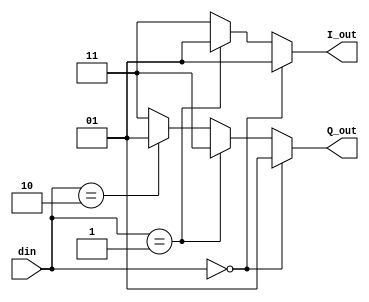
module SM(din, I_out, Q_out);

input [1:0] din;

output reg [1:0] I_out;
output reg [1:0] Q_out;

always @(*) begin
	if (din == 2'b00) begin
		I_out = 2'b01;
		Q_out = 2'b01;
	end
	else if (din == 2'b01) begin
		I_out = 2'b01;
		Q_out = 2'b11;
	end
	else if (din == 2'b10) begin
		I_out = 2'b11;
		Q_out = 2'b01;
	end
	else begin
		I_out = 2'b11;
		Q_out = 2'b11;
	end
end

endmodule